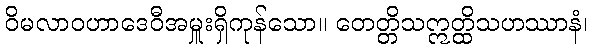
ဝိမလာဝဟာဒေဝီအမှူးရှိကုန်သော။ တေတ္တိသဣတ္ထိသဟဿာနံ၊